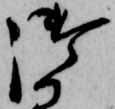
御